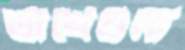
ভাখেগুলা